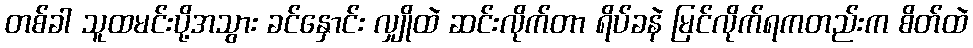
တစ်ခါ သူထမင်းပို့အသွား ခင်နှောင်း လျှိုထဲ ဆင်းလိုက်တာ ရိပ်ခနဲ မြင်လိုက်ရကတည်းက စိတ်ထဲ